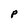
Character: p